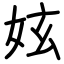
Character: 妶